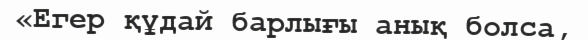
«Егер құдай барлығы анық болса,